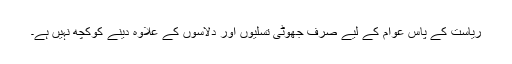
ریاست کے پاس عوام کے لیے صرف جھوٹی تسلیوں اور دلاسوں کے علاوہ دینے کوکچھ نہیں ہے۔